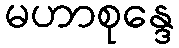
မဟာစုန္ဒေ